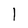
Character: l